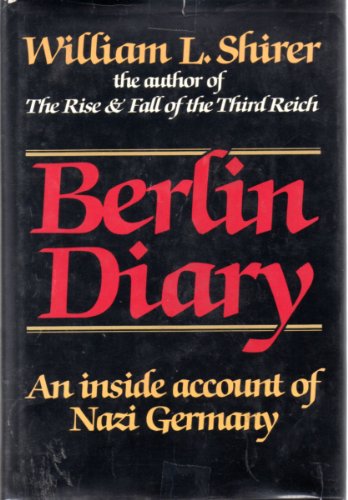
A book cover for Berlin Diary; William L. Shirer; Literature & Fiction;